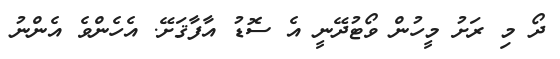
ދޯ މި ރަށު މީހުން ވޯޓުދޭނީ އެ ސޮޑު އާފާޤަށޭ. އެހެންވެ އެންނު